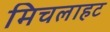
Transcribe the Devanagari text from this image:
मिचलाहट